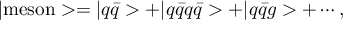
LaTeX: | \mathrm { m e s o n } > = | q \bar { q } > + | q \bar { q } q \bar { q } > + | q \bar { q } g > + \cdots ,